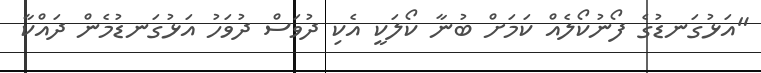
"އަޅުގަނޑުގެ ފޯނުކޯލެއް ކަމަށް ބުނާ ކޯލަކީ އެކި ދުވަސް ދުވަހު އަޅުގަނޑުމެން ދައްކާ